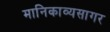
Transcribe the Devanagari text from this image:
मानिकाव्यसागर